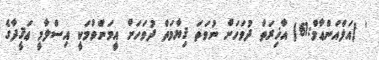
' (އަލްއަންޢާމް:61) އާޚިރަތް ދުވަހަށް ނުވަތަ ޤިޔާމަތް ދުވަހަށް އީމަންވުމަކީ އިސްލާމީ ޢަޤީދާގެ